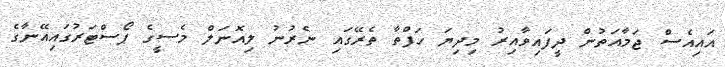
އައިއެސް ޖަމާއަތުން ދީފައިވާއިރު މިދިޔަ ހަފްތާ ތެރޭގައި ނެރުނު ލިއޮނަލް މެސީގެ ޕޯސްޓަރުގައިއޭނާގެ